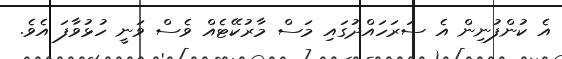
އެ ކުންފުނިން އެ ސަރަހައްދުގައި މަސް މާރުކޭޓެއް ވެސް ވަނީ ހުޅުވާފަ އެވެ.